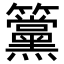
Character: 𥸈